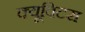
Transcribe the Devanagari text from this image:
क्यूविटस